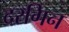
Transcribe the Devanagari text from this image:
दरगिन